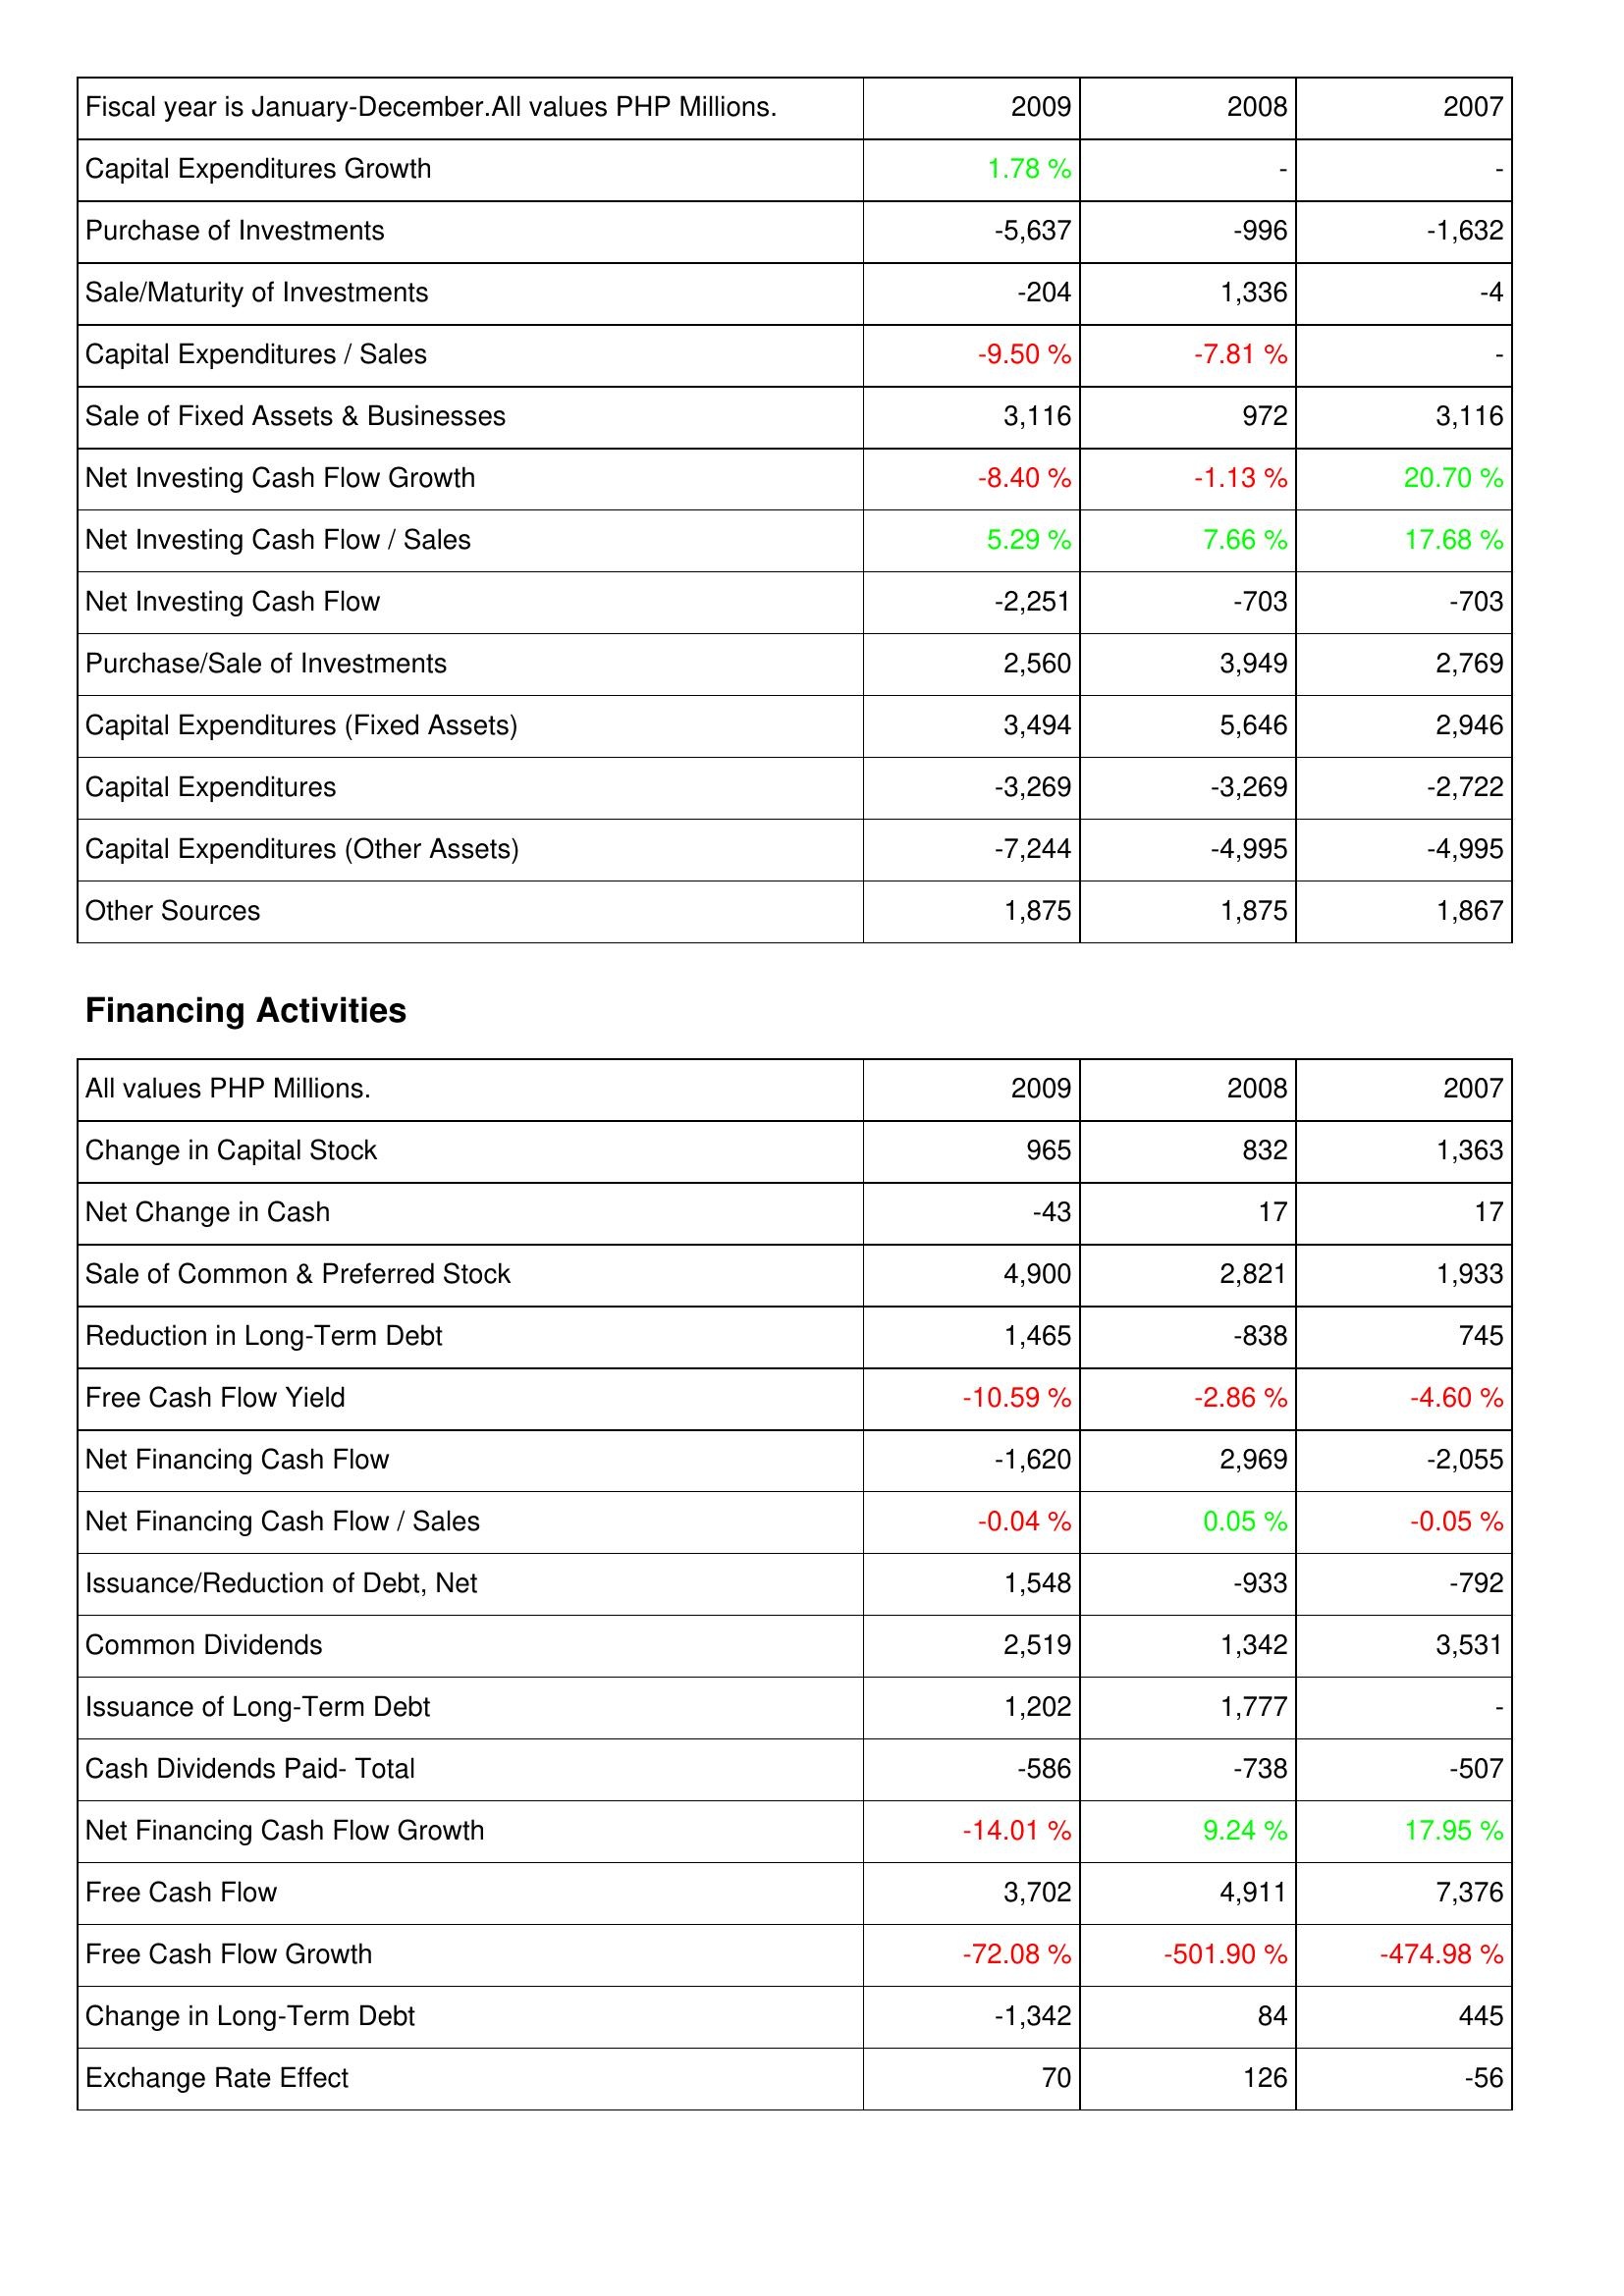
2009: Investing Activities: Capital Expenditures Growth: 1.78 %
Purchase of Investments: -5,637
Sale/Maturity of Investments: -204
Capital Expenditures / Sales: -9.50 %
Sale of Fixed Assets & Businesses: 3,116
Net Investing Cash Flow Growth: -8.40 %
Net Investing Cash Flow / Sales: 5.29 %
Net Investing Cash Flow: -2,251
Purchase/Sale of Investments: 2,560
Capital Expenditures (Fixed Assets): 3,494
Capital Expenditures: -3,269
Capital Expenditures (Other Assets): -7,244
Other Sources: 1,875
Financing Activities: Change in Capital Stock: 965
Net Change in Cash: -43
Sale of Common & Preferred Stock: 4,900
Reduction in Long-Term Debt: 1,465
Free Cash Flow Yield: -10.59 %
Net Financing Cash Flow: -1,620
Net Financing Cash Flow / Sales: -0.04 %
Issuance/Reduction of Debt, Net: 1,548
Common Dividends: 2,519
Issuance of Long-Term Debt: 1,202
Cash Dividends Paid- Total: -586
Net Financing Cash Flow Growth: -14.01 %
Free Cash Flow: 3,702
Free Cash Flow Growth: -72.08 %
Change in Long-Term Debt: -1,342
Exchange Rate Effect: 70
2008: Investing Activities: Capital Expenditures Growth: -
Purchase of Investments: -996
Sale/Maturity of Investments: 1,336
Capital Expenditures / Sales: -7.81 %
Sale of Fixed Assets & Businesses: 972
Net Investing Cash Flow Growth: -1.13 %
Net Investing Cash Flow / Sales: 7.66 %
Net Investing Cash Flow: -703
Purchase/Sale of Investments: 3,949
Capital Expenditures (Fixed Assets): 5,646
Capital Expenditures: -3,269
Capital Expenditures (Other Assets): -4,995
Other Sources: 1,875
Financing Activities: Change in Capital Stock: 832
Net Change in Cash: 17
Sale of Common & Preferred Stock: 2,821
Reduction in Long-Term Debt: -838
Free Cash Flow Yield: -2.86 %
Net Financing Cash Flow: 2,969
Net Financing Cash Flow / Sales: 0.05 %
Issuance/Reduction of Debt, Net: -933
Common Dividends: 1,342
Issuance of Long-Term Debt: 1,777
Cash Dividends Paid- Total: -738
Net Financing Cash Flow Growth: 9.24 %
Free Cash Flow: 4,911
Free Cash Flow Growth: -501.90 %
Change in Long-Term Debt: 84
Exchange Rate Effect: 126
2007: Investing Activities: Capital Expenditures Growth: -
Purchase of Investments: -1,632
Sale/Maturity of Investments: -4
Capital Expenditures / Sales: -
Sale of Fixed Assets & Businesses: 3,116
Net Investing Cash Flow Growth: 20.70 %
Net Investing Cash Flow / Sales: 17.68 %
Net Investing Cash Flow: -703
Purchase/Sale of Investments: 2,769
Capital Expenditures (Fixed Assets): 2,946
Capital Expenditures: -2,722
Capital Expenditures (Other Assets): -4,995
Other Sources: 1,867
Financing Activities: Change in Capital Stock: 1,363
Net Change in Cash: 17
Sale of Common & Preferred Stock: 1,933
Reduction in Long-Term Debt: 745
Free Cash Flow Yield: -4.60 %
Net Financing Cash Flow: -2,055
Net Financing Cash Flow / Sales: -0.05 %
Issuance/Reduction of Debt, Net: -792
Common Dividends: 3,531
Issuance of Long-Term Debt: -
Cash Dividends Paid- Total: -507
Net Financing Cash Flow Growth: 17.95 %
Free Cash Flow: 7,376
Free Cash Flow Growth: -474.98 %
Change in Long-Term Debt: 445
Exchange Rate Effect: -56